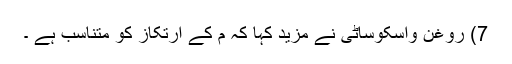
7) روغن واسکوساٹی نے مزید کہا کہ م کے ارتکاز کو متناسب ہے ۔